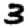
Digit: 3